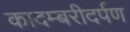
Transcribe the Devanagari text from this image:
कादम्बरीदर्पण